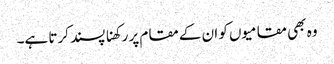
وہ بھی مقامیوں کو ان کے مقام پر رکھنا پسند کرتا ہے۔